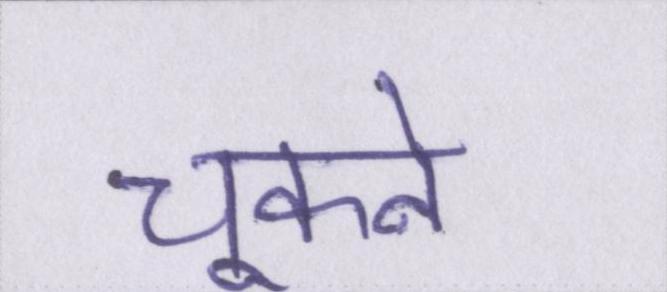
चूकने